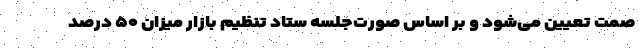
صمت تعیین می‌شود و بر اساس صورت‌جلسه ستاد تنظیم بازار میزان ۵۰ درصد